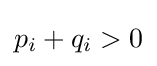
p_{i}+q_{i}>0